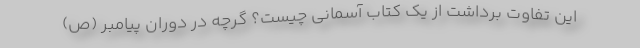
این تفاوت برداشت از یک کتاب آسمانی چیست؟ گرچه در دوران پیامبر (ص)